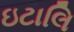
ઇટાલિ